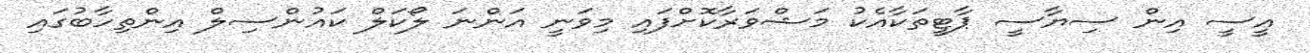
އީސީ އިން ސިޔާސީ ޕާޓީތަކާއެކު މަޝްވަރާކޮށްފައި މިވަނީ އަންނަ ލޯކަލް ކައުންސިލް އިންތިހާބުގައި